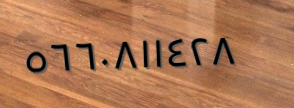
٥٦٦٠٨١١٤٢٨